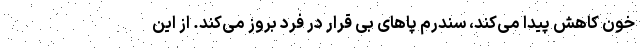
خون کاهش پیدا می‌کند، سندرم پاهای بی قرار در فرد بروز می‌کند. از این